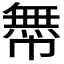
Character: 𢅊